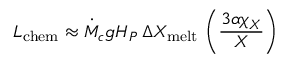
L _ { \mathrm { c h e m } } \approx \dot { M } _ { c } g H _ { P } \, \Delta X _ { \mathrm { m e l t } } \, \left( \frac { 3 \alpha \chi _ { X } } { X } \right)